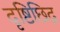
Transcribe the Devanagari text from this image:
दृष्टिछिद्र